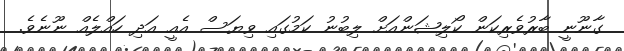
ގާނޫނީ ބާރުވެރިކަން ކޯލިޝަންއަށް ލިބުނު ކަމުގައި ވިޔަސް އެއީ އަދި ހައްލެއް ނޫނެވެ.